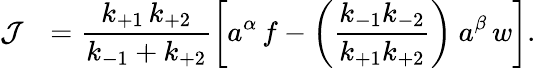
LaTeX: \mathcal{J}^{\mathrm{~\, ~}}=\frac{k_{+1}\, k_{+2}}{k_{-1}+k_{+2}}\left[a^{\alpha}\, f-\left(\frac{k_{-1}k_{-2}}{k_{+1}k_{+2}}\right)~a^{\beta}\, w\right].